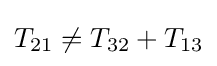
T_{21}\neq T_{32}+T_{13}